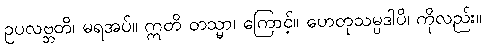
ဥပလဗ္ဘတိ၊ မရအပ်။ ဣတိ တသ္မာ၊ ကြောင့်။ ဟေတုသမ္ပဒါပိ၊ ကိုလည်း။